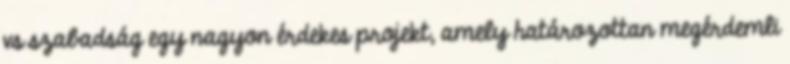
vs szabadság egy nagyon érdekes projekt, amely határozottan megérdemli